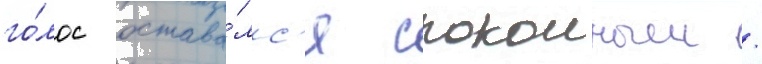
го́лос остава́лс'я спокоиным /